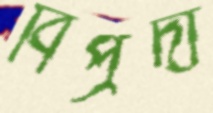
বিপ্রদা